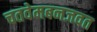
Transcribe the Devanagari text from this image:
चतवेमबनजवत